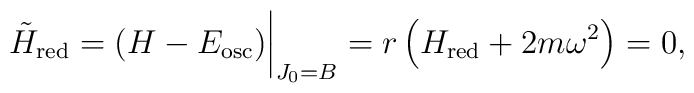
{\tilde H}_{\rm red}=(H-E_{\rm osc} )\bigg\vert_{J_0=B}= r\left(H_{\rm red}+2m\omega^2\right) =0,